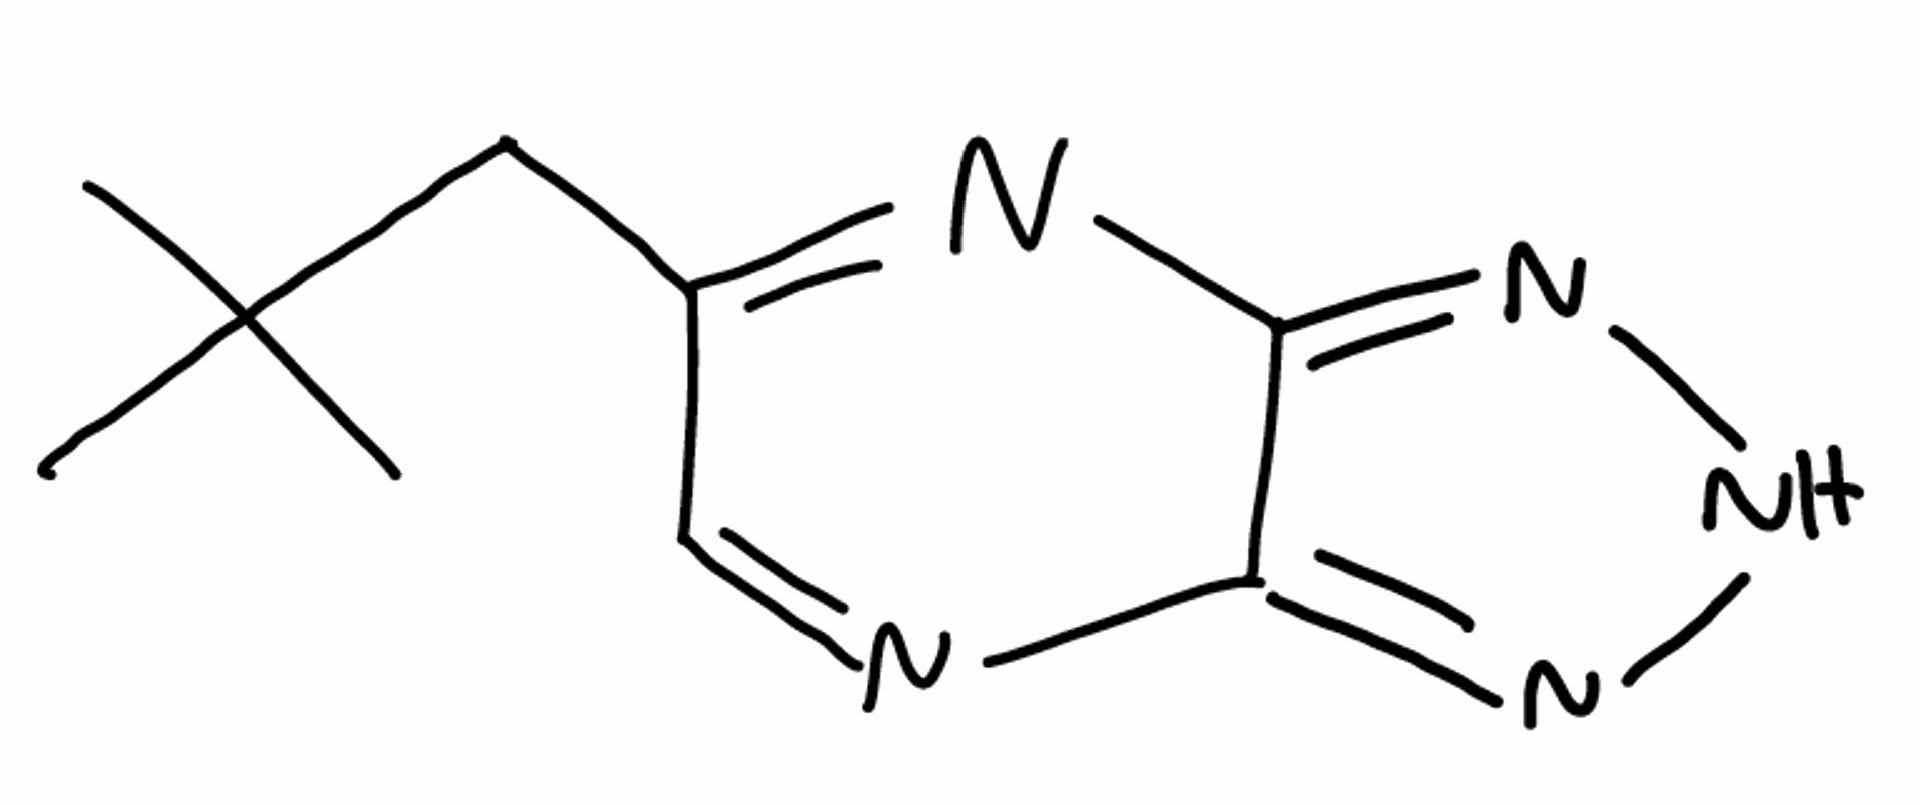
Simplified molecular-input line-entry system (SMILES) notation of the given molecule:
CC(C)(C)CC1=NC2=NNN=C2N=C1